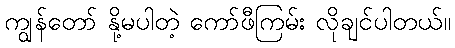
ကျွန်တော် နို့မပါတဲ့ ကော်ဖီကြမ်း လိုချင်ပါတယ်။